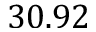
3 0 . 9 2